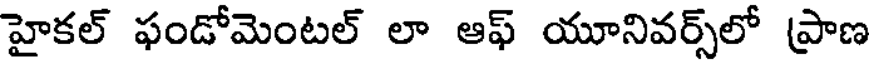
హైకల్ ఫండోమెంటల్ లా ఆఫ్ యూనివర్స్లో ప్రాణ